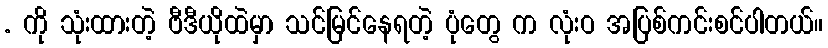
. ကို သုံးထားတဲ့ ဗီဒီယိုထဲမှာ သင်မြင်နေရတဲ့ ပုံတွေ က လုံးဝ အပြစ်ကင်းစင်ပါတယ်။